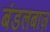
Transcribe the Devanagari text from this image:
बंडलबाज़